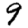
Digit: 9